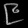
Digit: ၉